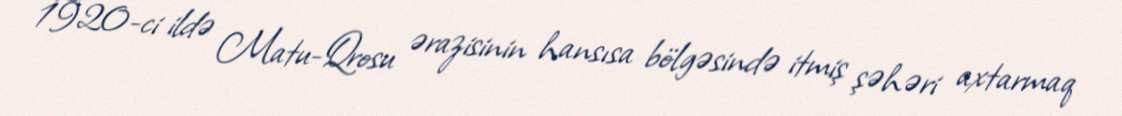
1920-ci ildə Matu-Qrosu ərazisinin hansısa bölgəsində itmiş şəhəri axtarmaq